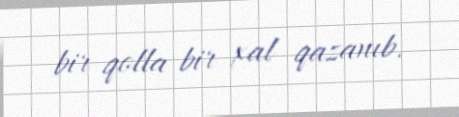
bir qolla bir xal qazanıb.